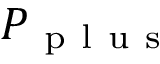
P _ { \mathrm { ~ p ~ l ~ u ~ s ~ } }